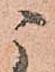
ニ